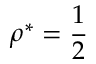
\rho ^ { * } = \frac { 1 } { 2 }